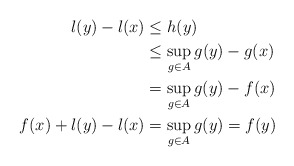
\begin{align*} l(y) - l(x) &\leq h(y)\\ &\leq \sup_{g\in A} g(y) - g(x)\\ &= \sup_{g\in A} g(y) - f(x)\\ f(x) + l(y) - l(x) &= \sup_{g\in A} g(y) = f(y) \end{align*}